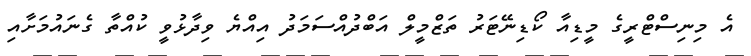
އެ މިނިސްޓްރީގެ މީޑިއާ ކޯޑިނޭޓަރު ތަޒްމީލް އަބްދުއްސަމަދު އިއްޔެ ވިދާޅުވީ ކުއްތާ ގެނައުމަށާއި